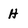
Character: H